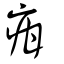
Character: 疳